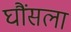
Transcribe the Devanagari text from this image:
घौंसला